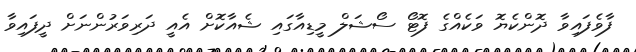
ފާވެފައިވާ ދޮންކެޔޮ ވަކެއްގެ ފޮޓޯ ސޯޝަލް މީޑިއާގައި ޝެއާކޮށް އެއީ ދަރިވަރުންނަށް ދީފައިވާ